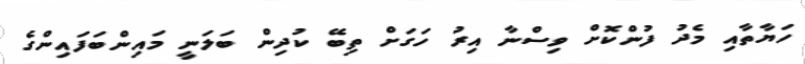
ހަޔާތާއި މެދު ފުންކޮށް ވިސްނާ އިރު ހަގަށް ތިބޭ ކުދިން ބަލަނީ މައިންބަފައިންގެ